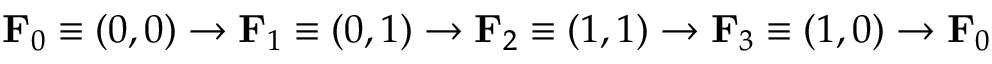
\mathbf { F } _ { 0 } \equiv ( 0 , 0 ) \rightarrow \mathbf { F } _ { 1 } \equiv ( 0 , 1 ) \rightarrow \mathbf { F } _ { 2 } \equiv ( 1 , 1 ) \rightarrow \mathbf { F } _ { 3 } \equiv ( 1 , 0 ) \rightarrow \mathbf { F } _ { 0 }